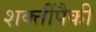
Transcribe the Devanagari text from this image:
शक्तींपैकी